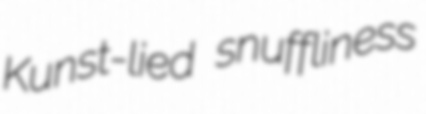
Kunst-lied snuffliness